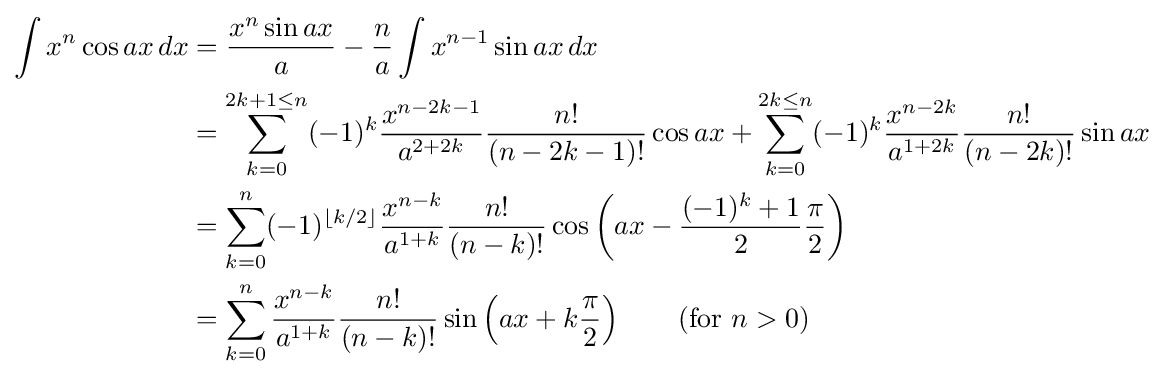
{\begin{aligned}\int x^{n}\cos ax\,dx&={\frac {x^{n}\sin ax}{a}}-{\frac {n}{a}}\int x^{n-1}\sin ax\,dx\\&=\sum _{k=0}^{2k+1\leq n}(-1)^{k}{\frac {x^{n-2k-1}}{a^{2+2k}}}{\frac {n!}{(n-2k-1)!}}\cos ax+\sum _{k=0}^{2k\leq n}(-1)^{k}{\frac {x^{n-2k}}{a^{1+2k}}}{\frac {n!}{(n-2k)!}}\sin ax\\&=\sum _{k=0}^{n}(-1)^{\lfloor k/2\rfloor }{\frac {x^{n-k}}{a^{1+k}}}{\frac {n!}{(n-k)!}}\cos \left(ax-{\frac {(-1)^{k}+1}{2}}{\frac {\pi }{2}}\right)\\&=\sum _{k=0}^{n}{\frac {x^{n-k}}{a^{1+k}}}{\frac {n!}{(n-k)!}}\sin \left(ax+k{\frac {\pi }{2}}\right)\qquad {\mbox{(for }}n>0{\mbox{)}}\end{aligned}}